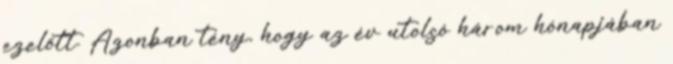
ezelőtt. Azonban tény, hogy az év utolsó három hónapjában